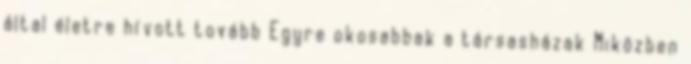
által életre hívott tovább Egyre okosabbak a társasházak Miközben